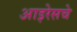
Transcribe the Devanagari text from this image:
आइरेसचे